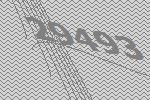
29493